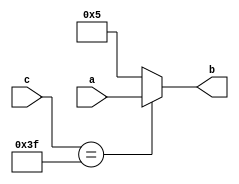

//             
//  Functional Description:  This file contains the Verilog which describes the 
//               FPGA implementation of a fixed/variable 4-bit mux. The inputs 
//               are a, a 4-bit vector, a fixed 4-bit vector, and c, a 6-bit
//               selector, with b, a 4-bit vector as the output.  

/*
module find_errors(      //1 no paren"("
	input [3:0]a,     //2 error -- dimension in wrong place, semi-colon instead of comma 
	output [3:0]b,      //3 : instead of ,
	input [5:0]c);      //4 syntax error; missing')'
	
	wire [3:0]aw;      
	reg [3:0]bw;
	wire [5:0]creg;	    //8 syntax error missing ;
//begin                 // no begin needed here
	assign aw = a;
	assign b = bw;
	assign creg = c;
	always  @(aw or creg)                     //missing sensitivity list
		begin 	
			if (creg == 6'b111111)   //15 incorrect logic test (= instead of ==), array size mismatch
				bw <= aw;       //16 cannot assign to a wire inside of always, bad number format
			else 
				bw <= "0101";   //18 cannot assign to a wire inside of always, bad number format
		end                    //19 extra ";" after end
	//end process;            //20 no end needed
endmodule                       //21 end module
*/

/*
module find_errors(                           // line 1
  input  [3:0]a,                            // line 2
  output [3:0]b,                            // line 3
  input [5:0]c);                               // line 4
                                             // line 5
  wire [3:0]aw;                              // line 6
  reg [3:0]bw;                              // line 7
  reg [5:0]creg;                             // line 8
//begin                                        // line 9
  assign aw = a;                             // line 10
  assign b = bw;                             // line 11
  //assign creg = c;                           // line 12
always @(aw or c)                                      // line 13 
  begin                                      // line 14
    if (c == 5'b111111)   //creg is all 1s     // line 15 
       bw <= aw;                             // line 16  
    else                                     // line 17
     bw <= "0101";                           // line 18   
    end                                     // line 19
  //end process;                               // line 20  
endmodule                                        // line 21   

 */
module find_errors( // line 1

input[0:3] a, // line 2

output[3:0] b, // line 3

input[5:0] c); // line 4

// line 5

wire [0:3]aw; // line 6

reg [3:0]bw; // line 7

wire [5:0]creg; // line 8

//begin // line 9

assign aw = a; // line 10

assign b = bw; // line 11

assign creg = c; // line 12

always @ (a or c) // line 13

begin // line 14

if (creg == 6'b111111) //creg is all 1s // line 15

bw = aw; // line 16

else // line 17

bw = 4'b0101; // line 18

//end; // line 19

end // line 20

endmodule // line 21